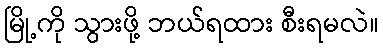
မြို့ကို သွားဖို့ ဘယ်ရထား စီးရမလဲ။